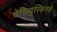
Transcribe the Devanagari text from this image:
चेलियुस्किनचे